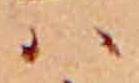
ハ